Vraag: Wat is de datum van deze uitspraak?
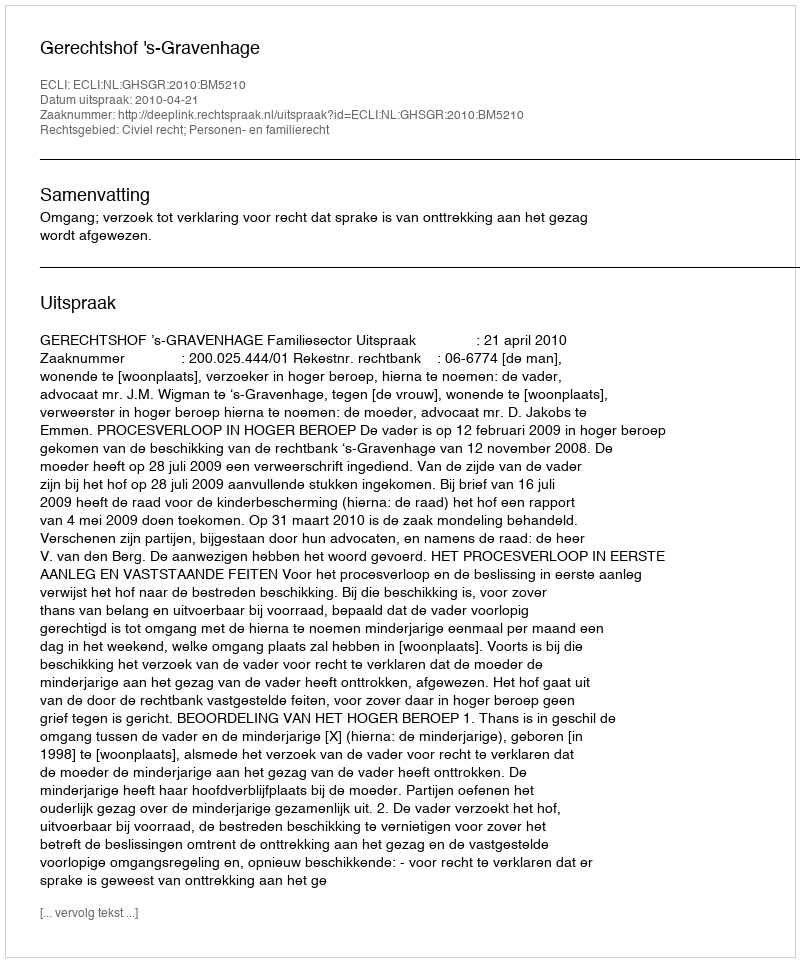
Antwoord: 2010-04-21